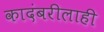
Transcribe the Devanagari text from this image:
कादंबरीलाही